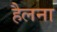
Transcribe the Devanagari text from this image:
हैलना